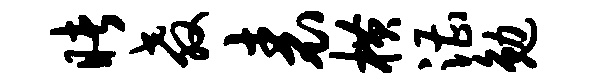
睹教表横漕勉